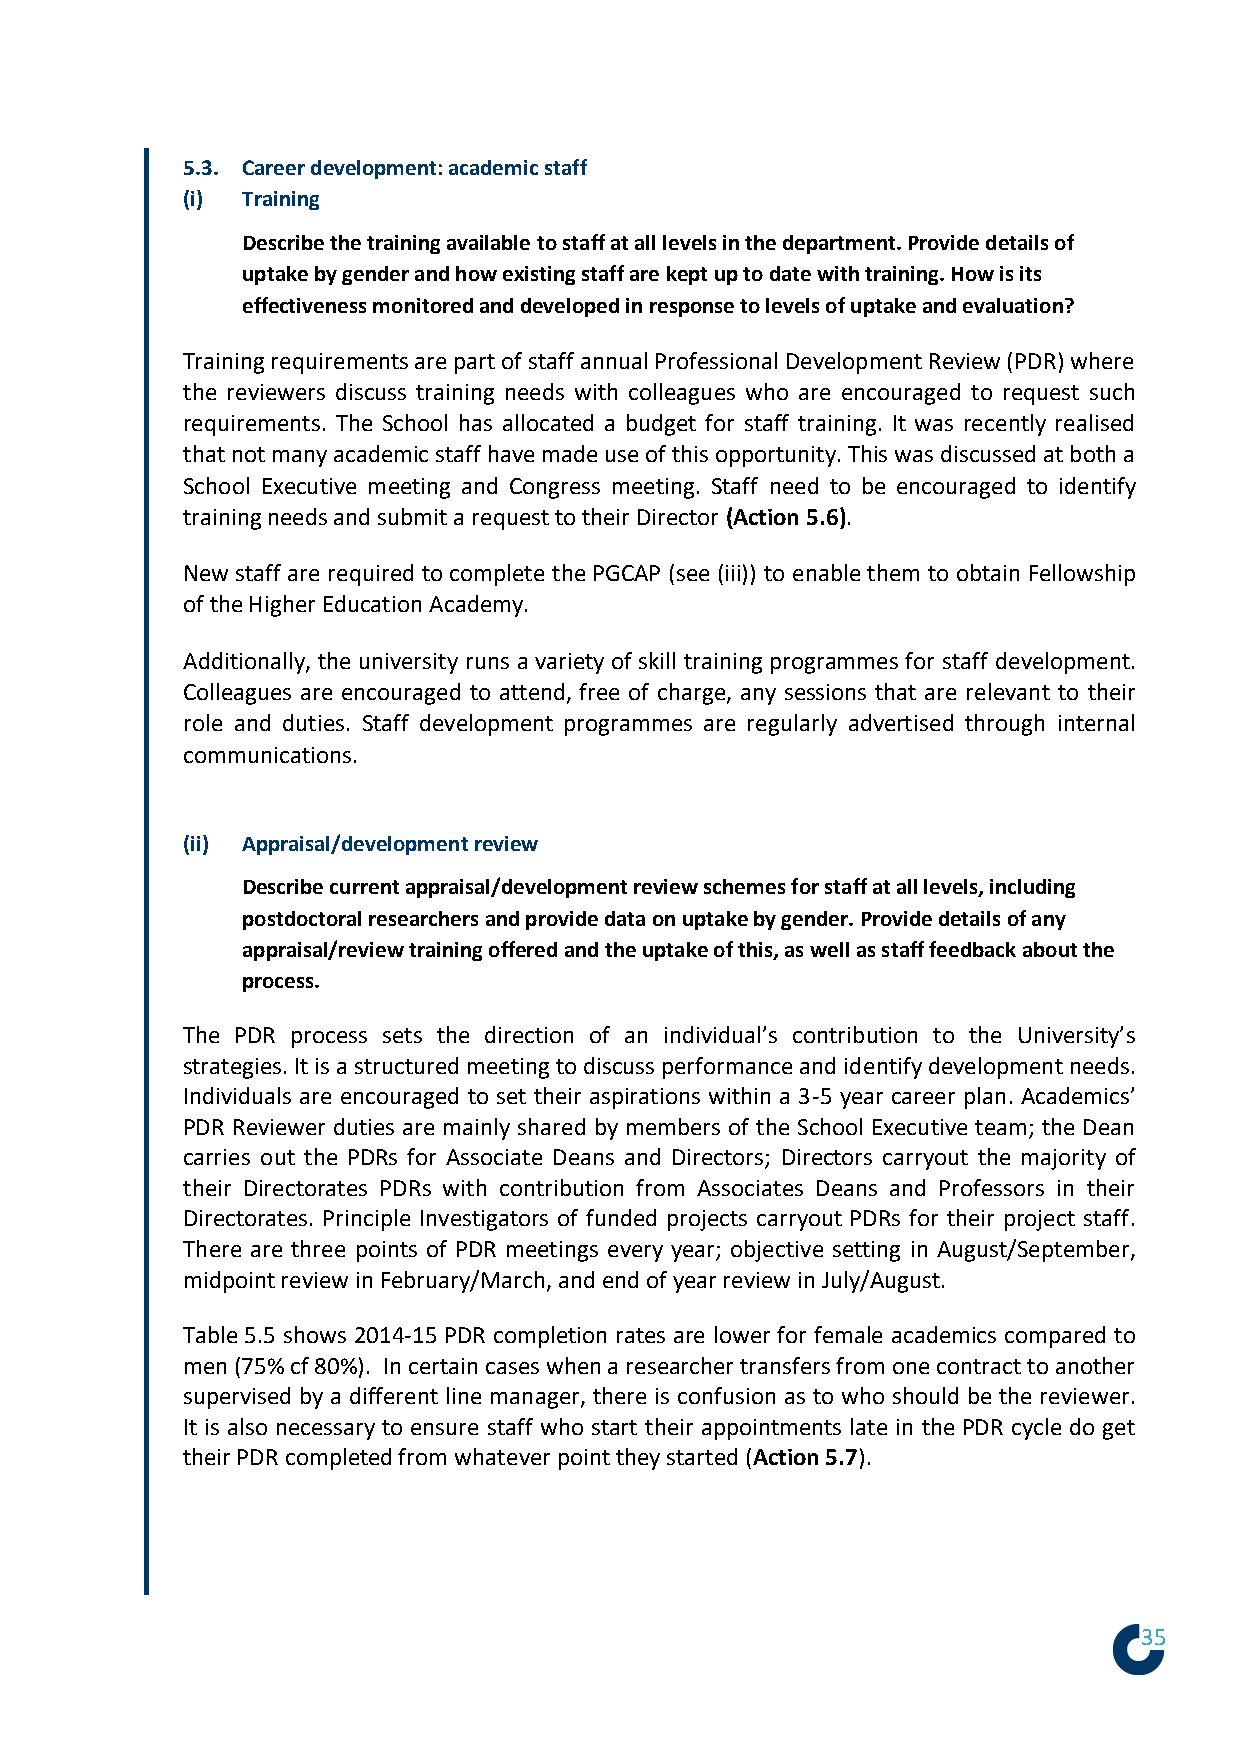
5.3. Career development: academic staff
 (i) Training
 Describe the training available to staff at all levels in the department. Provide details of
 uptake by gender and how existing staff are kept up to date with training. How is its
 effectiveness monitored and developed in response to levels of uptake and evaluation?
 Training requirements are part of staff annual Professional Development Review (PDR) where
 the reviewers discuss training needs with colleagues who are encouraged to request such
 requirements. The School has allocated a budget for staff training. It was recently realised
 that not many academic staff have made use of this opportunity. This was discussed at both a
 School Executive meeting and Congress meeting. Staff need to be encouraged to identify
 training needs and submit a request to their Director (Action 5.6).
 New staff are required to complete the PGCAP (see (iii)) to enable them to obtain Fellowship
 of the Higher Education Academy.
 Additionally, the university runs a variety of skill training programmes for staff development.
 Colleagues are encouraged to attend, free of charge, any sessions that are relevant to their
 role and duties. Staff development programmes are regularly advertised through internal
 communications.
 (ii) Appraisal/development review
 Describe current appraisal/development review schemes for staff at all levels, including
 postdoctoral researchers and provide data on uptake by gender. Provide details of any
 appraisal/review training offered and the uptake of this, as well as staff feedback about the
 process.
 The PDR process sets the direction of an individual’s contribution to the University’s
 strategies. It is a structured meeting to discuss performance and identify development needs.
 Individuals are encouraged to set their aspirations within a 3-5 year career plan. Academics’
 PDR Reviewer duties are mainly shared by members of the School Executive team; the Dean
 carries out the PDRs for Associate Deans and Directors; Directors carryout the majority of
 their Directorates PDRs with contribution from Associates Deans and Professors in their
 Directorates. Principle Investigators of funded projects carryout PDRs for their project staff.
 There are three points of PDR meetings every year; objective setting in August/September,
 midpoint review in February/March, and end of year review in July/August.
 Table 5.5 shows 2014-15 PDR completion rates are lower for female academics compared to
 men (75% cf 80%). In certain cases when a researcher transfers from one contract to another
 supervised by a different line manager, there is confusion as to who should be the reviewer.
 It is also necessary to ensure staff who start their appointments late in the PDR cycle do get
 their PDR completed from whatever point they started (Action 5.7).
 35